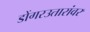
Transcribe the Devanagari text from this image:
डोंगरउतारांवर